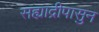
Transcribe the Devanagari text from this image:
सह्याद्रीपासुन